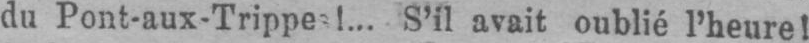
S’il avait oublié l’heure!